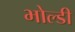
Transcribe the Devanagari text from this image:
भोल्डी